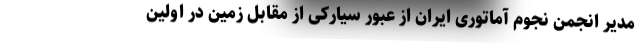
مدیر انجمن نجوم آماتوری ایران از عبور سیارکی از مقابل زمین در اولین